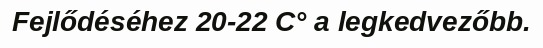
Fejlődéséhez 20-22 C° a legkedvezőbb.